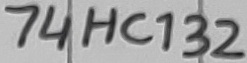
Text: 74HC132